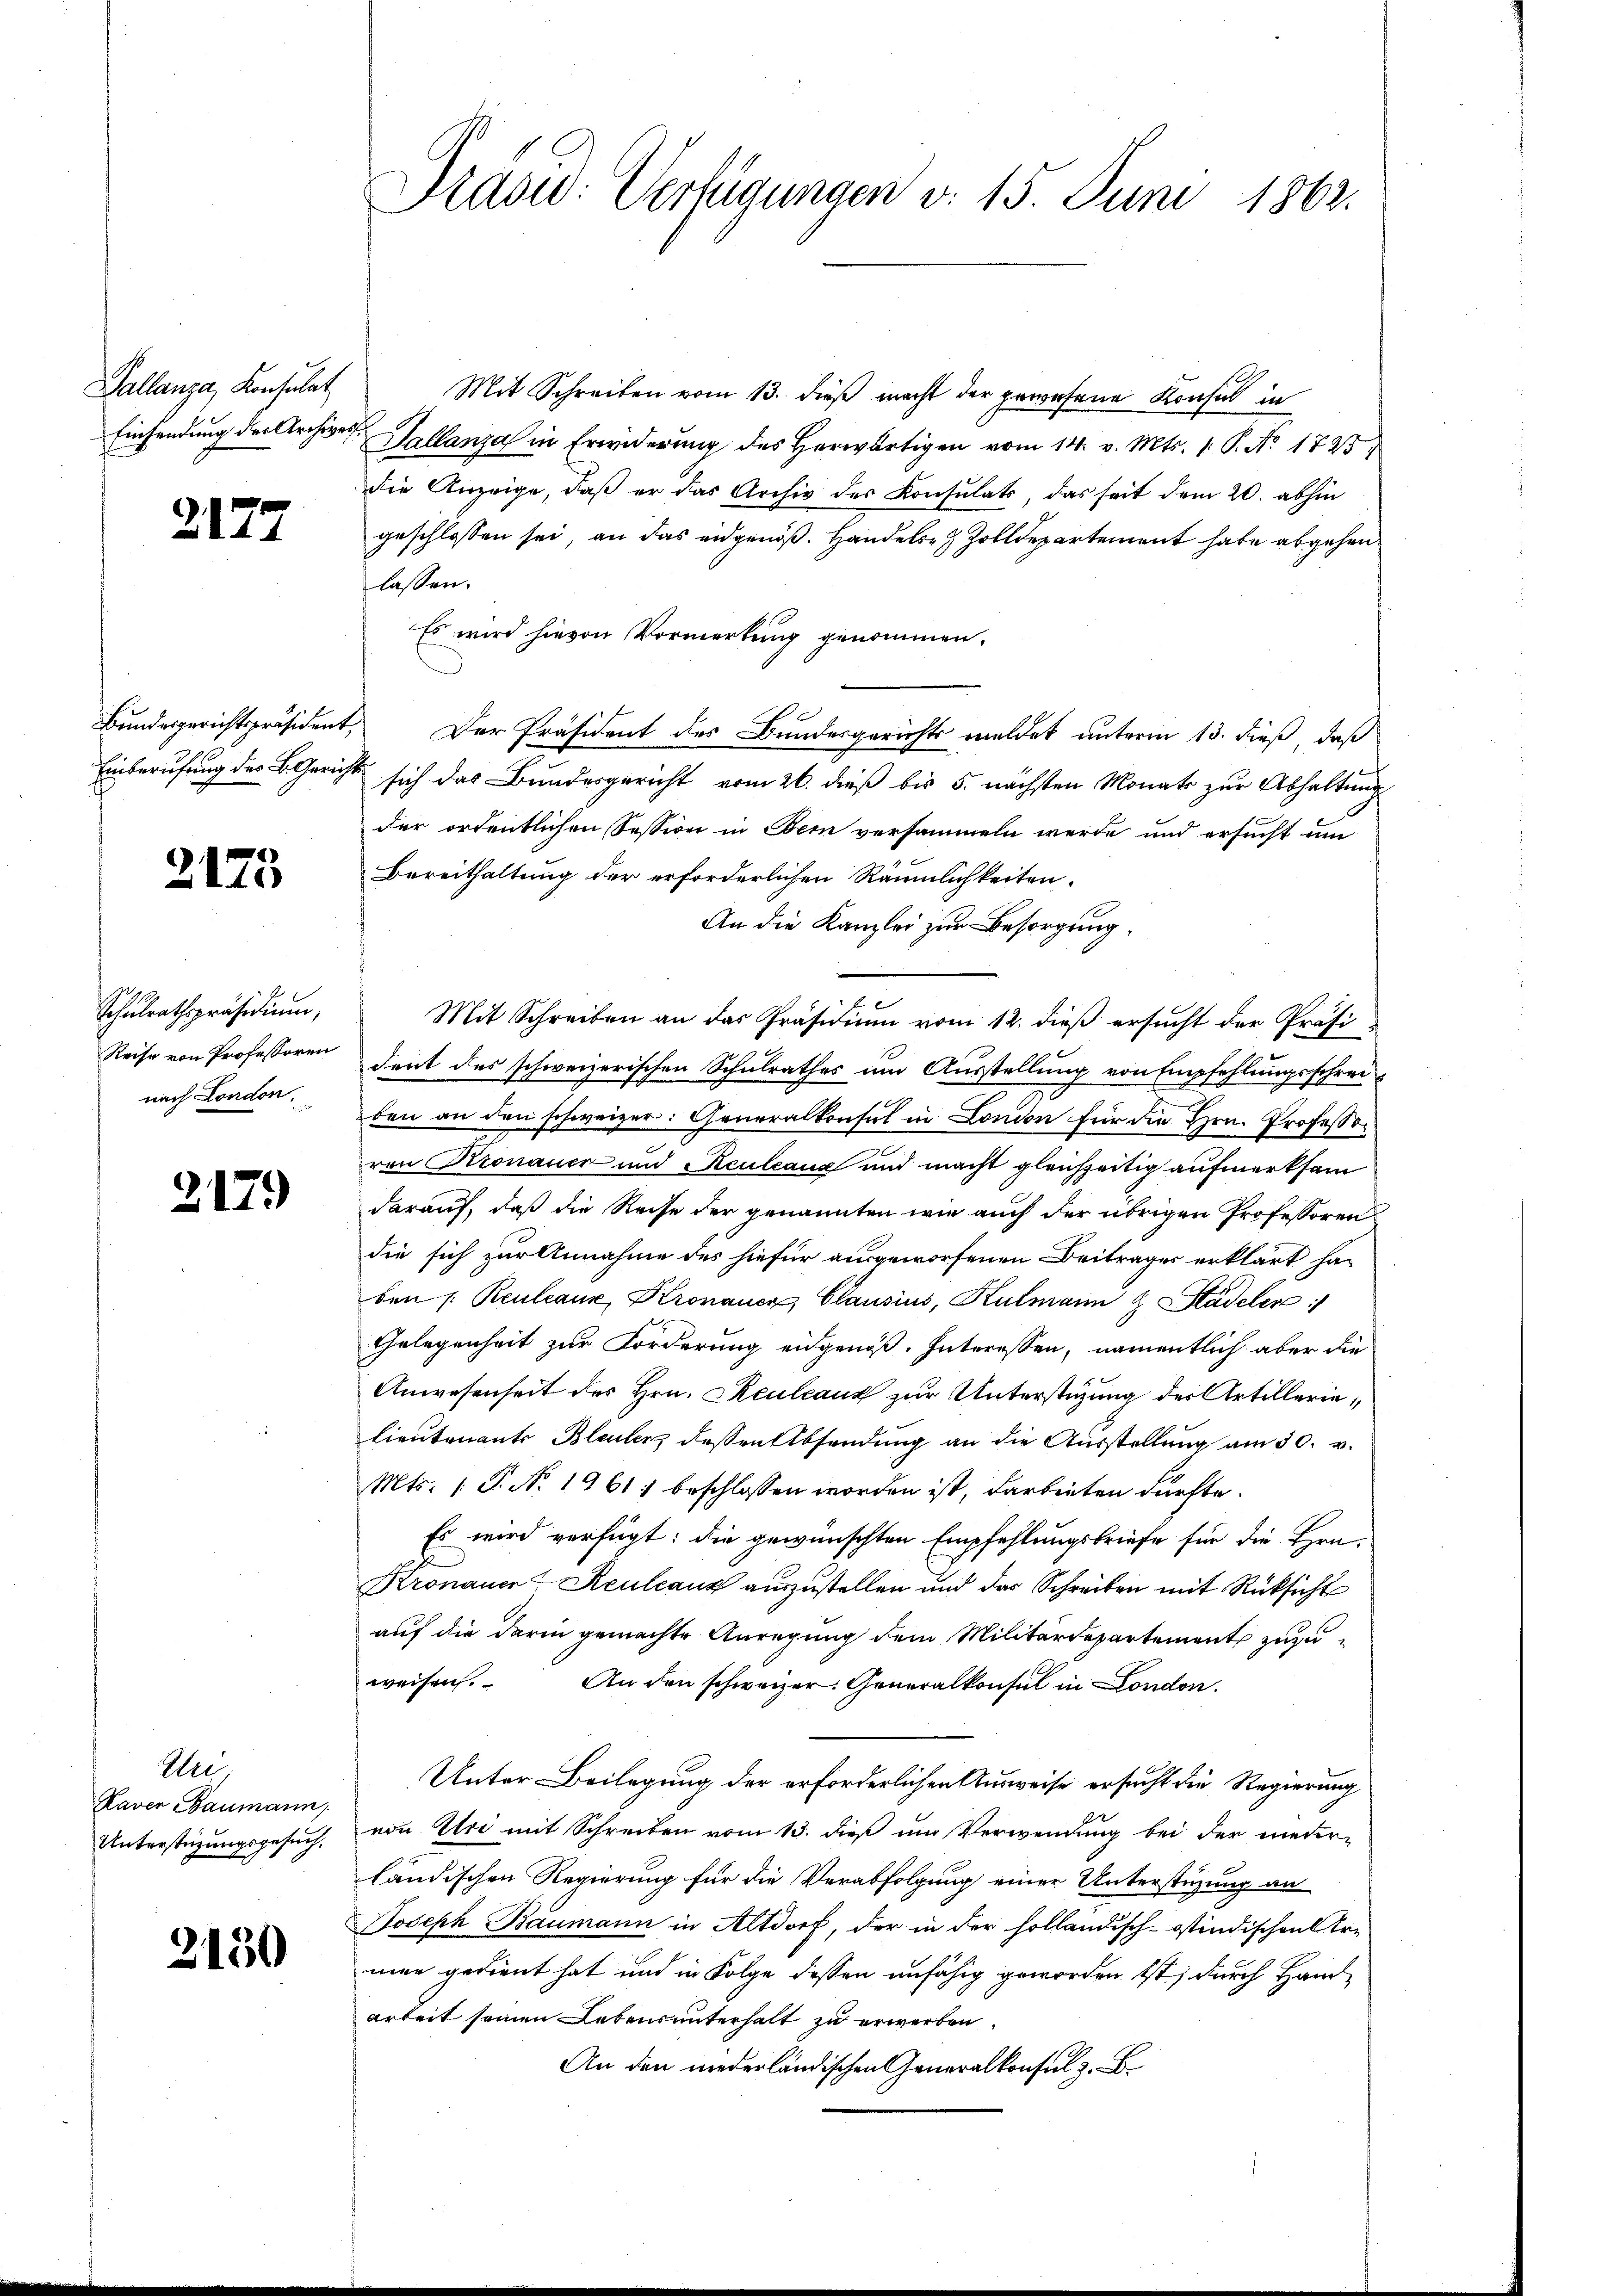
Pallanza, Konsulat

2177

Bundesgerichtspräsident,
Einberufung des B. Gerichts

2125

Schulrathspräsidium,
Reise von Professoren
nach London.

2179

Uri,
Raven Baumann,
Unterstüzungsgesuch.

2150

Prasw: Verfügungen v. 15. Juni 1862.

Mit Schreiben vom 13. dieß macht der gewesene Konsul in
Einsendung der Archives Sallanza in Erwiderung des Herwärtigen vom 14. v. Mts. 1. P. No. 1725
die Anzeige, daß er das Archiv des Konsulats, das seit dem 20. abhin
geschlossen sei, an das eidgenöß. Handels Zolldepartement habe abgehen
lassen.
Es wird hievon Vormerkung genommen.
Der Präsident des Bundesgerichts meldet unterm 13. dieß, daß
sich das Bundesgericht vom 26. dieß bis 5. nächsten Monats zur Abhaltung
der ordentlichen Session in Bern versammeln werde und ersucht und
Bereithaltung der erforderlichen Räumlichkeiten.
An die Kanzlei zur Besorgung.
Mit Schreiben an das Präsidium vom 12. dieß ersucht der Präsident des schweizerischen Schulrathes um Ausstellung von Empfehlungsschreiben an den schweizer: Generalkonsul in London für die Hrn. Professor
von Kronauer und Reuleaux und macht gleichzeitig aufmerksam
darauf, daß die Reise der genannten wie auch der übrigen Professoren
die sich zur Annahme des hiefür ausgeworfenen Beiträger erklärt haben s. Reuleaux, Kronauer Clausius, Kulmann & Stadelen
Gelegenheit zur Forderung eidgenoß. Interessen, namentlich aber die
Anwesenheit des Hrn. Keuleaus zur Unterstüzung der Artillerie¬
Lieutenants Bleuler, dessen Absendung an die Ausstellung am 30. v.
Mts. (T. N. 1961) beschlossen worden ist, darbieten dürfte.
Es wird verfügt: die gewünschten Empfehlungsbriefe für die Hrn.
.
Kronauer-Reulcanz auszustellen und der Schreiben mit Rücksicht
auf die darin gemachte Anregung dem Militärdepartement zuzuweisen. An den schweizer. Generalkonsul in London.
Unter Beilegung der erforderlichen Ausweise ersucht die Regierung
von Uri mit Schreiben vom 13. dieß um Verwendung bei der neuer-
ländischen Regierung für die Verabfolgung einer Unterstüzung an
Joseph Baumann in Altdorf, der in der holländisch-Ostindischen Ermen gedient hat und in Folge dessen unfähig geworden ist, durch Handarbeit seinen Lebensunterhalt zu erwerben.
An den niederländischen Generalkonsul z. B